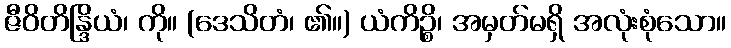
ဇီဝိတိန္ဒြိယံ၊ ကို။ (ဒေသိတံ၊ ၏။) ယံကိဉ္စိ၊ အမှတ်မရှိ အလုံးစုံသော။